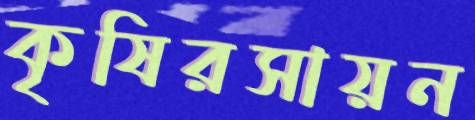
কৃষিরসায়ন